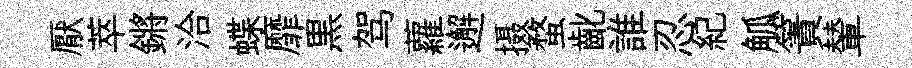
厭萃鏘洽蝶靡黒驾蘿邂摄蝥齔誰忍紀觚簀輦